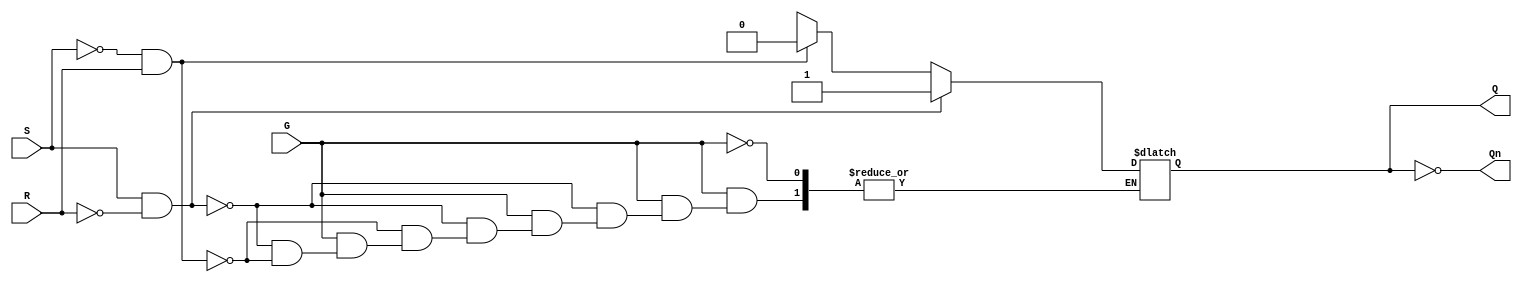
module gated_sr_latch (
    input wire S,      // Set input
    input wire R,      // Reset input
    input wire G,      // Enable (Gate) input
    output reg Q,      // Output Q
    output wire Qn     // Output Q' (not Q)
);

    // Invert Q for Qn output
    assign Qn = ~Q;

    // Always block to implement the gated SR latch behavior
    always @(*) begin
        if (G) begin
            if (S && !R) begin
                Q = 1;   // Set the latch
            end else if (!S && R) begin
                Q = 0;   // Reset the latch
            end else if (!S && !R) begin
                // Maintain the previous state (no change)
                // This is handled by the reg type of Q
                Q = Q;   // Retain previous state
            end else begin
                // Invalid state (S = 1 and R = 1)
                // Typically, we can either latch to a known state or leave it undefined
                // Here we can choose to keep Q unchanged
                Q = Q;   // Retain previous state (undefined behavior)
            end
        end
        // When G is low, maintain the previous state
    end

endmodule